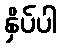
နှိပ်ပါ